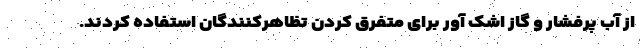
از آب پرفشار و گاز اشک آور برای متفرق کردن تظاهرکنندگان استفاده کردند.